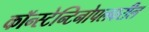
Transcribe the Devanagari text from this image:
कॉन्स्टेन्टिनोपलवरील